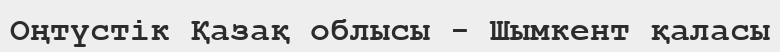
Оңтүстік Қазақ облысы - Шымкент қаласы